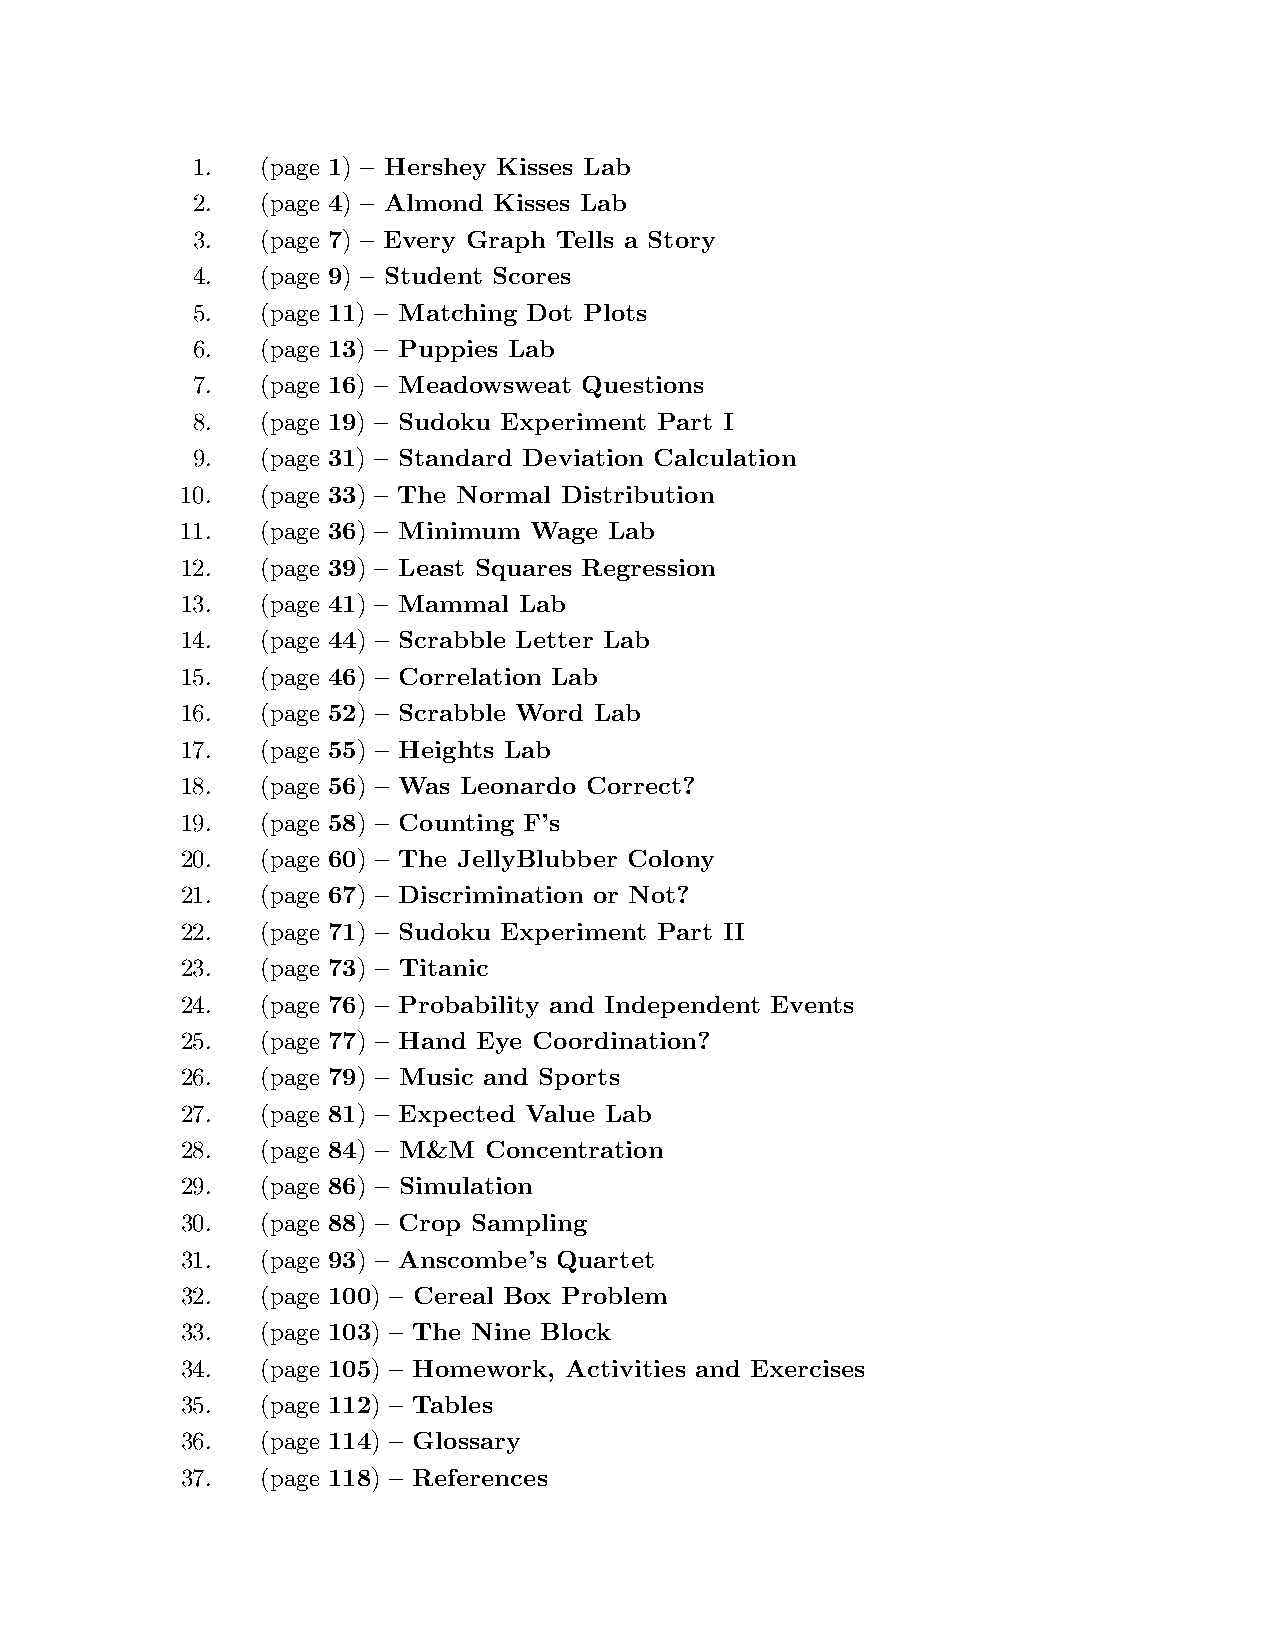
1.  (page 1) – Hershey Kisses Lab
 2.  (page 4) – Almond Kisses Lab
 3.  (page 7) – Every Graph Tells a Story
 4.  (page 9) – Student Scores
 5.  (page 11) – Matching Dot Plots
 6.  (page 13) – Puppies Lab
 7.  (page 16) – Meadowsweat Questions
 8.  (page 19) – Sudoku Experiment Part I
 9.  (page 31) – Standard Deviation Calculation
 10.  (page 33) – The Normal Distribution
 11.  (page 36) – Minimum Wage Lab
 12.  (page 39) – Least Squares Regression
 13.  (page 41) – Mammal Lab
 14.  (page 44) – Scrabble Letter Lab
 15.  (page 46) – Correlation Lab
 16.  (page 52) – Scrabble Word Lab
 17.  (page 55) – Heights Lab
 18.  (page 56) – Was Leonardo Correct?
 19.  (page 58) – Counting F’s
 20.  (page 60) – The JellyBlubber Colony
 21.  (page 67) – Discrimination or Not?
 22.  (page 71) – Sudoku Experiment Part II
 23.  (page 73) – Titanic
 24.  (page 76) – Probability and Independent Events
 25.  (page 77) – Hand Eye Coordination?
 26.  (page 79) – Music and Sports
 27.  (page 81) – Expected Value Lab
 28.  (page 84) – M&M Concentration
 29.  (page 86) – Simulation
 30.  (page 88) – Crop Sampling
 31.  (page 93) – Anscombe’s Quartet
 32.  (page 100) – Cereal Box Problem
 33.  (page 103) – The Nine Block
 34.  (page 105) – Homework, Activities and Exercises
 35.  (page 112) – Tables
 36.  (page 114) – Glossary
 37.  (page 118) – References